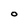
Character: O